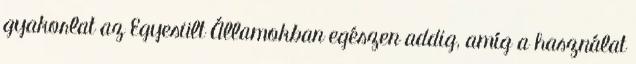
gyakorlat az Egyesült Államokban egészen addig, amíg a használat